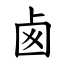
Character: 卥